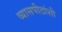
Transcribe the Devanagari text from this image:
व्यासपीठांशी